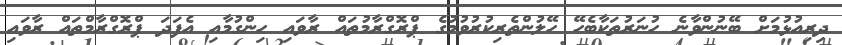
ދިރިއުޅުމަށް ބޭނުންވާނެ ހުނަރުތަކާބެހޭ ހޭލުންތެރިކުރުވުމުގެ ޕްރޮގްރާމުތައް ރާވައި ހިންގުމާއި އެފަދަ ޕްރޮގްރާމްތައް ރާވައި